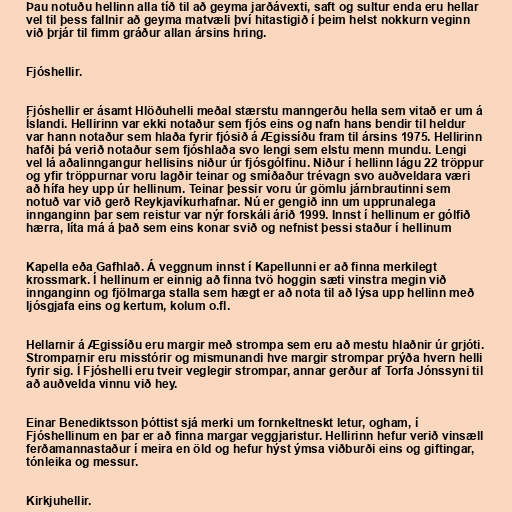
Þau notuðu hellinn alla tíð til að geyma jarðávexti, saft og sultur enda eru hellar
vel til þess fallnir að geyma matvæli því hitastigið í þeim helst nokkurn veginn
við þrjár til fimm gráður allan ársins hring.

Fjóshellir.

Fjóshellir er ásamt Hlöðuhelli meðal stærstu manngerðu hella sem vitað er um á
Íslandi. Hellirinn var ekki notaður sem fjós eins og nafn hans bendir til heldur
var hann notaður sem hlaða fyrir fjósið á Ægissíðu fram til ársins 1975. Hellirinn
hafði þá verið notaður sem fjóshlaða svo lengi sem elstu menn mundu. Lengi
vel lá aðalinngangur hellisins niður úr fjósgólfinu. Niður í hellinn lágu 22 tröppur
og yfir tröppurnar voru lagðir teinar og smíðaður trévagn svo auðveldara væri
að hífa hey upp úr hellinum. Teinar þessir voru úr gömlu járnbrautinni sem
notuð var við gerð Reykjavíkurhafnar. Nú er gengið inn um upprunalega
innganginn þar sem reistur var nýr forskáli árið 1999. Innst í hellinum er gólfið
hærra, líta má á það sem eins konar svið og nefnist þessi staður í hellinum

Kapella eða Gafhlað. Á veggnum innst í Kapellunni er að finna merkilegt
krossmark. Í hellinum er einnig að finna tvö hoggin sæti vinstra megin við
innganginn og fjölmarga stalla sem hægt er að nota til að lýsa upp hellinn með
ljósgjafa eins og kertum, kolum o.fl.

Hellarnir á Ægissíðu eru margir með strompa sem eru að mestu hlaðnir úr grjóti.
Stromparnir eru misstórir og mismunandi hve margir strompar prýða hvern helli
fyrir sig. Í Fjóshelli eru tveir veglegir strompar, annar gerður af Torfa Jónssyni til
að auðvelda vinnu við hey.

Einar Benediktsson þóttist sjá merki um fornkeltneskt letur, ogham, í
Fjóshellinum en þar er að finna margar veggjaristur. Hellirinn hefur verið vinsæll
ferðamannastaður í meira en öld og hefur hýst ýmsa viðburði eins og giftingar,
tónleika og messur.

Kirkjuhellir.